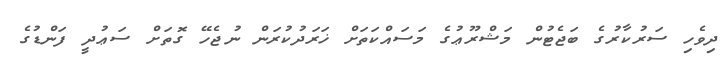
ދިވެހި ސަރުކާރުގެ ބަޖެޓުން މަޝްރޫޢުގެ މަސައްކަތަށް ޚަރަދުކުރަން ނުޖެހޭ ގޮތަށް ސަޢުދީ ފަންޑުގެ